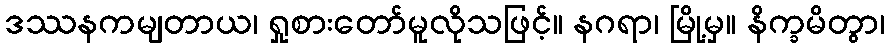
ဒဿနကမျတာယ၊ ရှုစားတော်မူလိုသဖြင့်။ နဂရာ၊ မြို့မှ။ နိက္ခမိတွာ၊